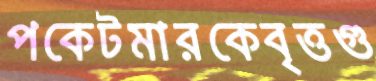
পকেটমারকেবৃত্তগু